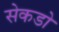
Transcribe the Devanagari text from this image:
सेकडो